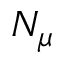
N _ { \mu }